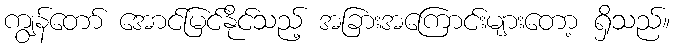
ကျွန်တော် အောင်မြင်နိုင်သည့် အခြားအကြောင်းများတော့ ရှိသည်။